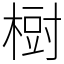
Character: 𣗳